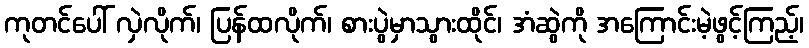
ကုတင်ပေါ် လှဲလိုက်၊ ပြန်ထလိုက်၊ စားပွဲမှာသွားထိုင်၊ အံဆွဲကို အကြောင်းမဲ့ဖွင့်ကြည့်၊